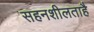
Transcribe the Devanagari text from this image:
सहनशीलताहै